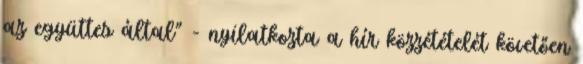
az együttes által" - nyilatkozta a hír közzétételét követően